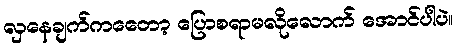
လှနေချက်ကတေော့ ပြောစရာမလိုလောက် အောင်ပါပဲ။